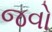
જવો